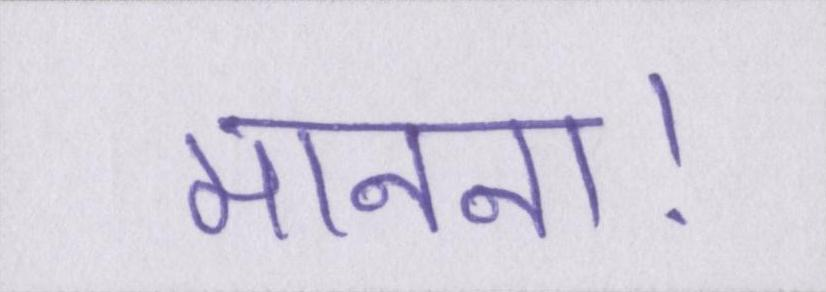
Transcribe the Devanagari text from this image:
मानना।